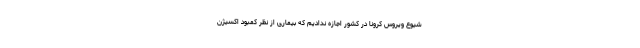
شیوع ویروس کرونا در کشور اجازه ندادیم که بیماری از نظر کمبود اکسیژن